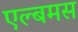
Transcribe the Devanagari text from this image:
एल्बमस